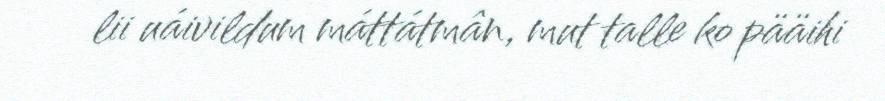
lii uáivildum máttátmân, mut talle ko pääihi